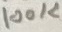
Text: 100K